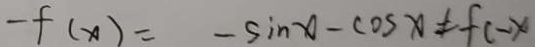
- f ( x ) = - \sin x - \cos x \neq f ( - x